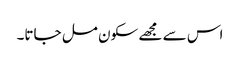
اس سے مجھے سکون مل جاتا۔